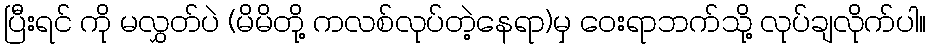
ပြီးရင် ကို မလွှတ်ပဲ (မိမိတို့ ကလစ်လုပ်တဲ့နေရာ)မှ ဝေးရာဘက်သို့ လုပ်ချလိုက်ပါ။